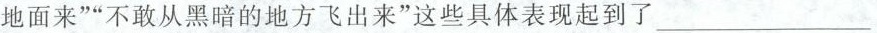
地面来””不敢从黑暗的地方飞出来”这些具体表现起到了___